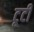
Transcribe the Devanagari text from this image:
टूटीं